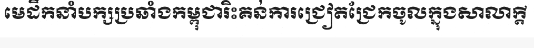
មេដឹកនាំបក្សប្រឆាំងកម្ពុជារិះគន់ការជ្រៀតជ្រែកចូលក្នុងសាលាក្តី